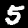
Digit: 5